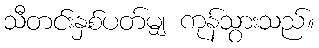
သီတင်းနှစ်ပတ်မျှ ကုန်သွားသည်။